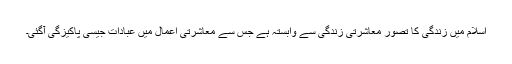
اسلام میں زندگی کا تصور معاشرتی زندگی سے وابستہ ہے جس سے معاشرتی اعمال میں عبادات جیسی پاکیزگی آگئی۔